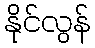
နိုင်လွန်